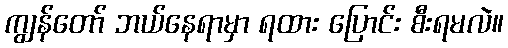
ကျွန်တော် ဘယ်နေရာမှာ ရထား ပြောင်း စီးရမလဲ။